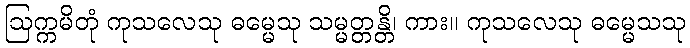
ဩက္ကမိတုံ ကုသလေသု ဓမ္မေသု သမ္မတ္တန္တိ၊ ကား။ ကုသလေသု ဓမ္မေသသု